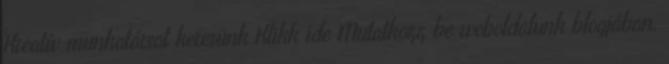
Kreatív munkatársat keresünk Klikk ide Mutatkozz be weboldalunk blogjában,